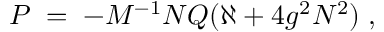
P \; = \; - M ^ { - 1 } N Q ( \aleph + 4 g ^ { 2 } N ^ { 2 } ) \; ,